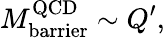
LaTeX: M_{\mathrm{barrier}}^{\mathrm{QCD}}\sim Q^{\prime},